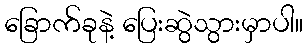
ခြောက်ခုနဲ့ ပြေးဆွဲသွားမှာပါ။